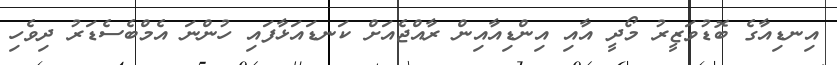
އިނޑިއާގެ ބޮޑުވަޒީރު މޯދީ އާއި އިންޑިއާއިން ރާއްޖެއަށް ކަނޑައަޅާފައި ހުންނަ އެމްބެސެޑަރު ދިވެހި